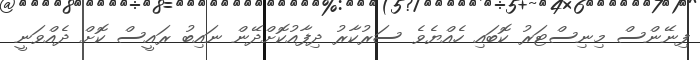
ފިނޭންސް މިނިސްޓަރު ކޮބައި ހެއްޔެވެ ސަރުކާރު ދިފާއުކޮށްދޭން ނައިބު ރައީސް ކޮށް ދެއްވަނީ